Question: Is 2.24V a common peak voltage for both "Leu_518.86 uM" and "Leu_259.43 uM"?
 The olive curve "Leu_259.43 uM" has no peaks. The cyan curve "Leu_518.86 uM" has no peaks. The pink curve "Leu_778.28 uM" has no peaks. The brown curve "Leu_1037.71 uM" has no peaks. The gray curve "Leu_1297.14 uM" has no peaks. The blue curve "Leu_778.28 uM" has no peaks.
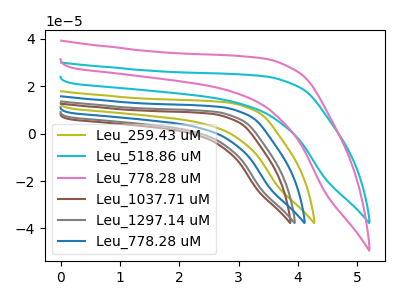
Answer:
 <answer>No, "Leu_518.86 uM" and "Leu_259.43 uM" dont share a peak at 2.24V.</answer>
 <eval>mismatch</eval>